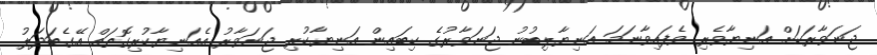
ޖަނަވާރަކަށް އަނިޔާވެރި ވެފައިވާނަމަ އަނިޔާލިބުނު ޖަނަވާރުގެ ކިބައިން އަނިޔާކުރި ޖަނަވާރު އެއަނިޔާކުރިގޮތައް އޭގެބަދަލު